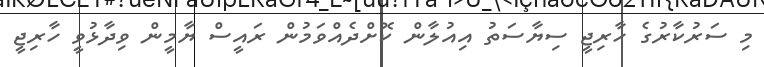
މި ސަރުކާރުގެ ހާރިޖީ ސިޔާސަތު އިއުލާން ކޮށްދެއްވަމުން ރައީސް ޔާމީން ވިދާޅުވީ ހާރިޖީ